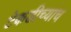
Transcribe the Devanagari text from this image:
टेकडीच्याच